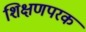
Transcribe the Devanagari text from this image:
शिक्षणपरक